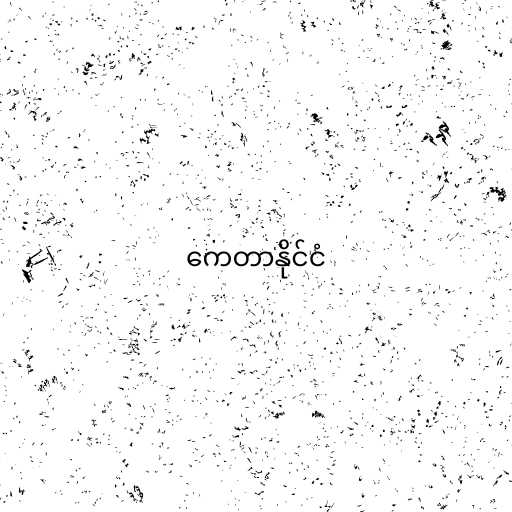
ကေတာနိုင်ငံ